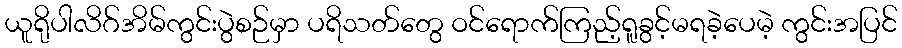
ယူရိုပါလိဂ်အိမ်ကွင်းပွဲစဉ်မှာ ပရိသတ်တွေ ဝင်ရောက်ကြည့်ရူခွင့်မရခဲ့ပေမဲ့ ကွင်းအပြင်